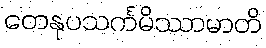
တေနုပသင်္ကမိဿာမာတိ